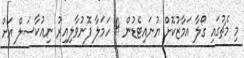
މި މެޗުގައި ގޯލާ އަމާޒުކޮށް ޔުނައިޓެޑުން 9 ހަމަލާ ފޮނުވާލިއިރު ނިއުކާސަލް އަށް